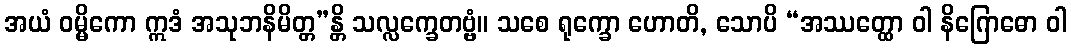
အယံ ဝမ္မိကော ဣဒံ အသုဘနိမိတ္တ”န္တိ သလ္လက္ခေတဗ္ဗံ။ သစေ ရုက္ခော ဟောတိ, သောပိ “အဿတ္ထော ဝါ နိဂြောဓော ဝါ